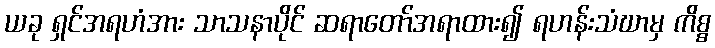
ယခု ရှင်အရဟံအား သာသနာပိုင် ဆရာတော်အရာထား၍ ရဟန်းသံဃာမှ ကိစ္စ